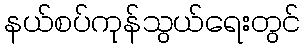
နယ်စပ်ကုန်သွယ်ရေးတွင်